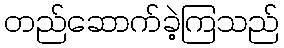
တည်ဆောက်ခဲ့ကြသည်